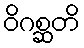
ဝိဂစ္ဆတိ